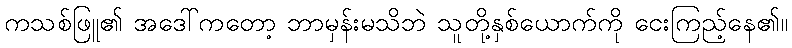
ကသစ်ဖြူ၏ အဒေါ်ကတော့ ဘာမှန်းမသိဘဲ သူတို့နှစ်ယောက်ကို ငေးကြည့်နေ၏။